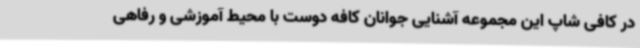
در کافی شاپ این مجموعه آشنایی جوانان کافه دوست با محیط آموزشی و رفاهی